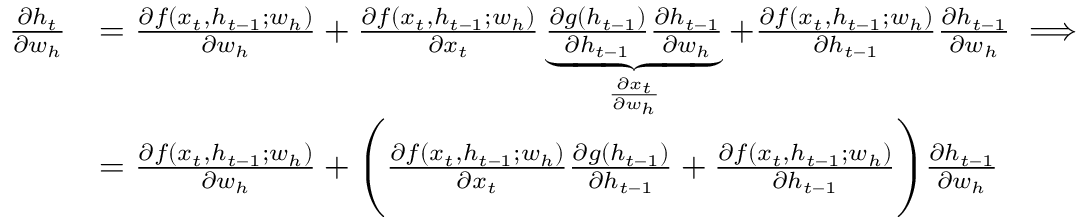
\begin{array} { r l } { \frac { \partial h _ { t } } { \partial w _ { h } } } & { = \frac { \partial f ( x _ { t } , h _ { t - 1 } ; w _ { h } ) } { \partial w _ { h } } + \frac { \partial f ( x _ { t } , h _ { t - 1 } ; w _ { h } ) } { \partial x _ { t } } \underbrace { \frac { \partial g ( h _ { t - 1 } ) } { \partial h _ { t - 1 } } \frac { \partial h _ { t - 1 } } { \partial w _ { h } } } _ { \frac { \partial x _ { t } } { \partial w _ { h } } } + \frac { \partial f ( x _ { t } , h _ { t - 1 } ; w _ { h } ) } { \partial h _ { t - 1 } } \frac { \partial h _ { t - 1 } } { \partial w _ { h } } \implies } \\ & { = \frac { \partial f ( x _ { t } , h _ { t - 1 } ; w _ { h } ) } { \partial w _ { h } } + \Bigg ( \frac { \partial f ( x _ { t } , h _ { t - 1 } ; w _ { h } ) } { \partial x _ { t } } \frac { \partial g ( h _ { t - 1 } ) } { \partial h _ { t - 1 } } + \frac { \partial f ( x _ { t } , h _ { t - 1 } ; w _ { h } ) } { \partial h _ { t - 1 } } \Bigg ) \frac { \partial h _ { t - 1 } } { \partial w _ { h } } } \end{array}